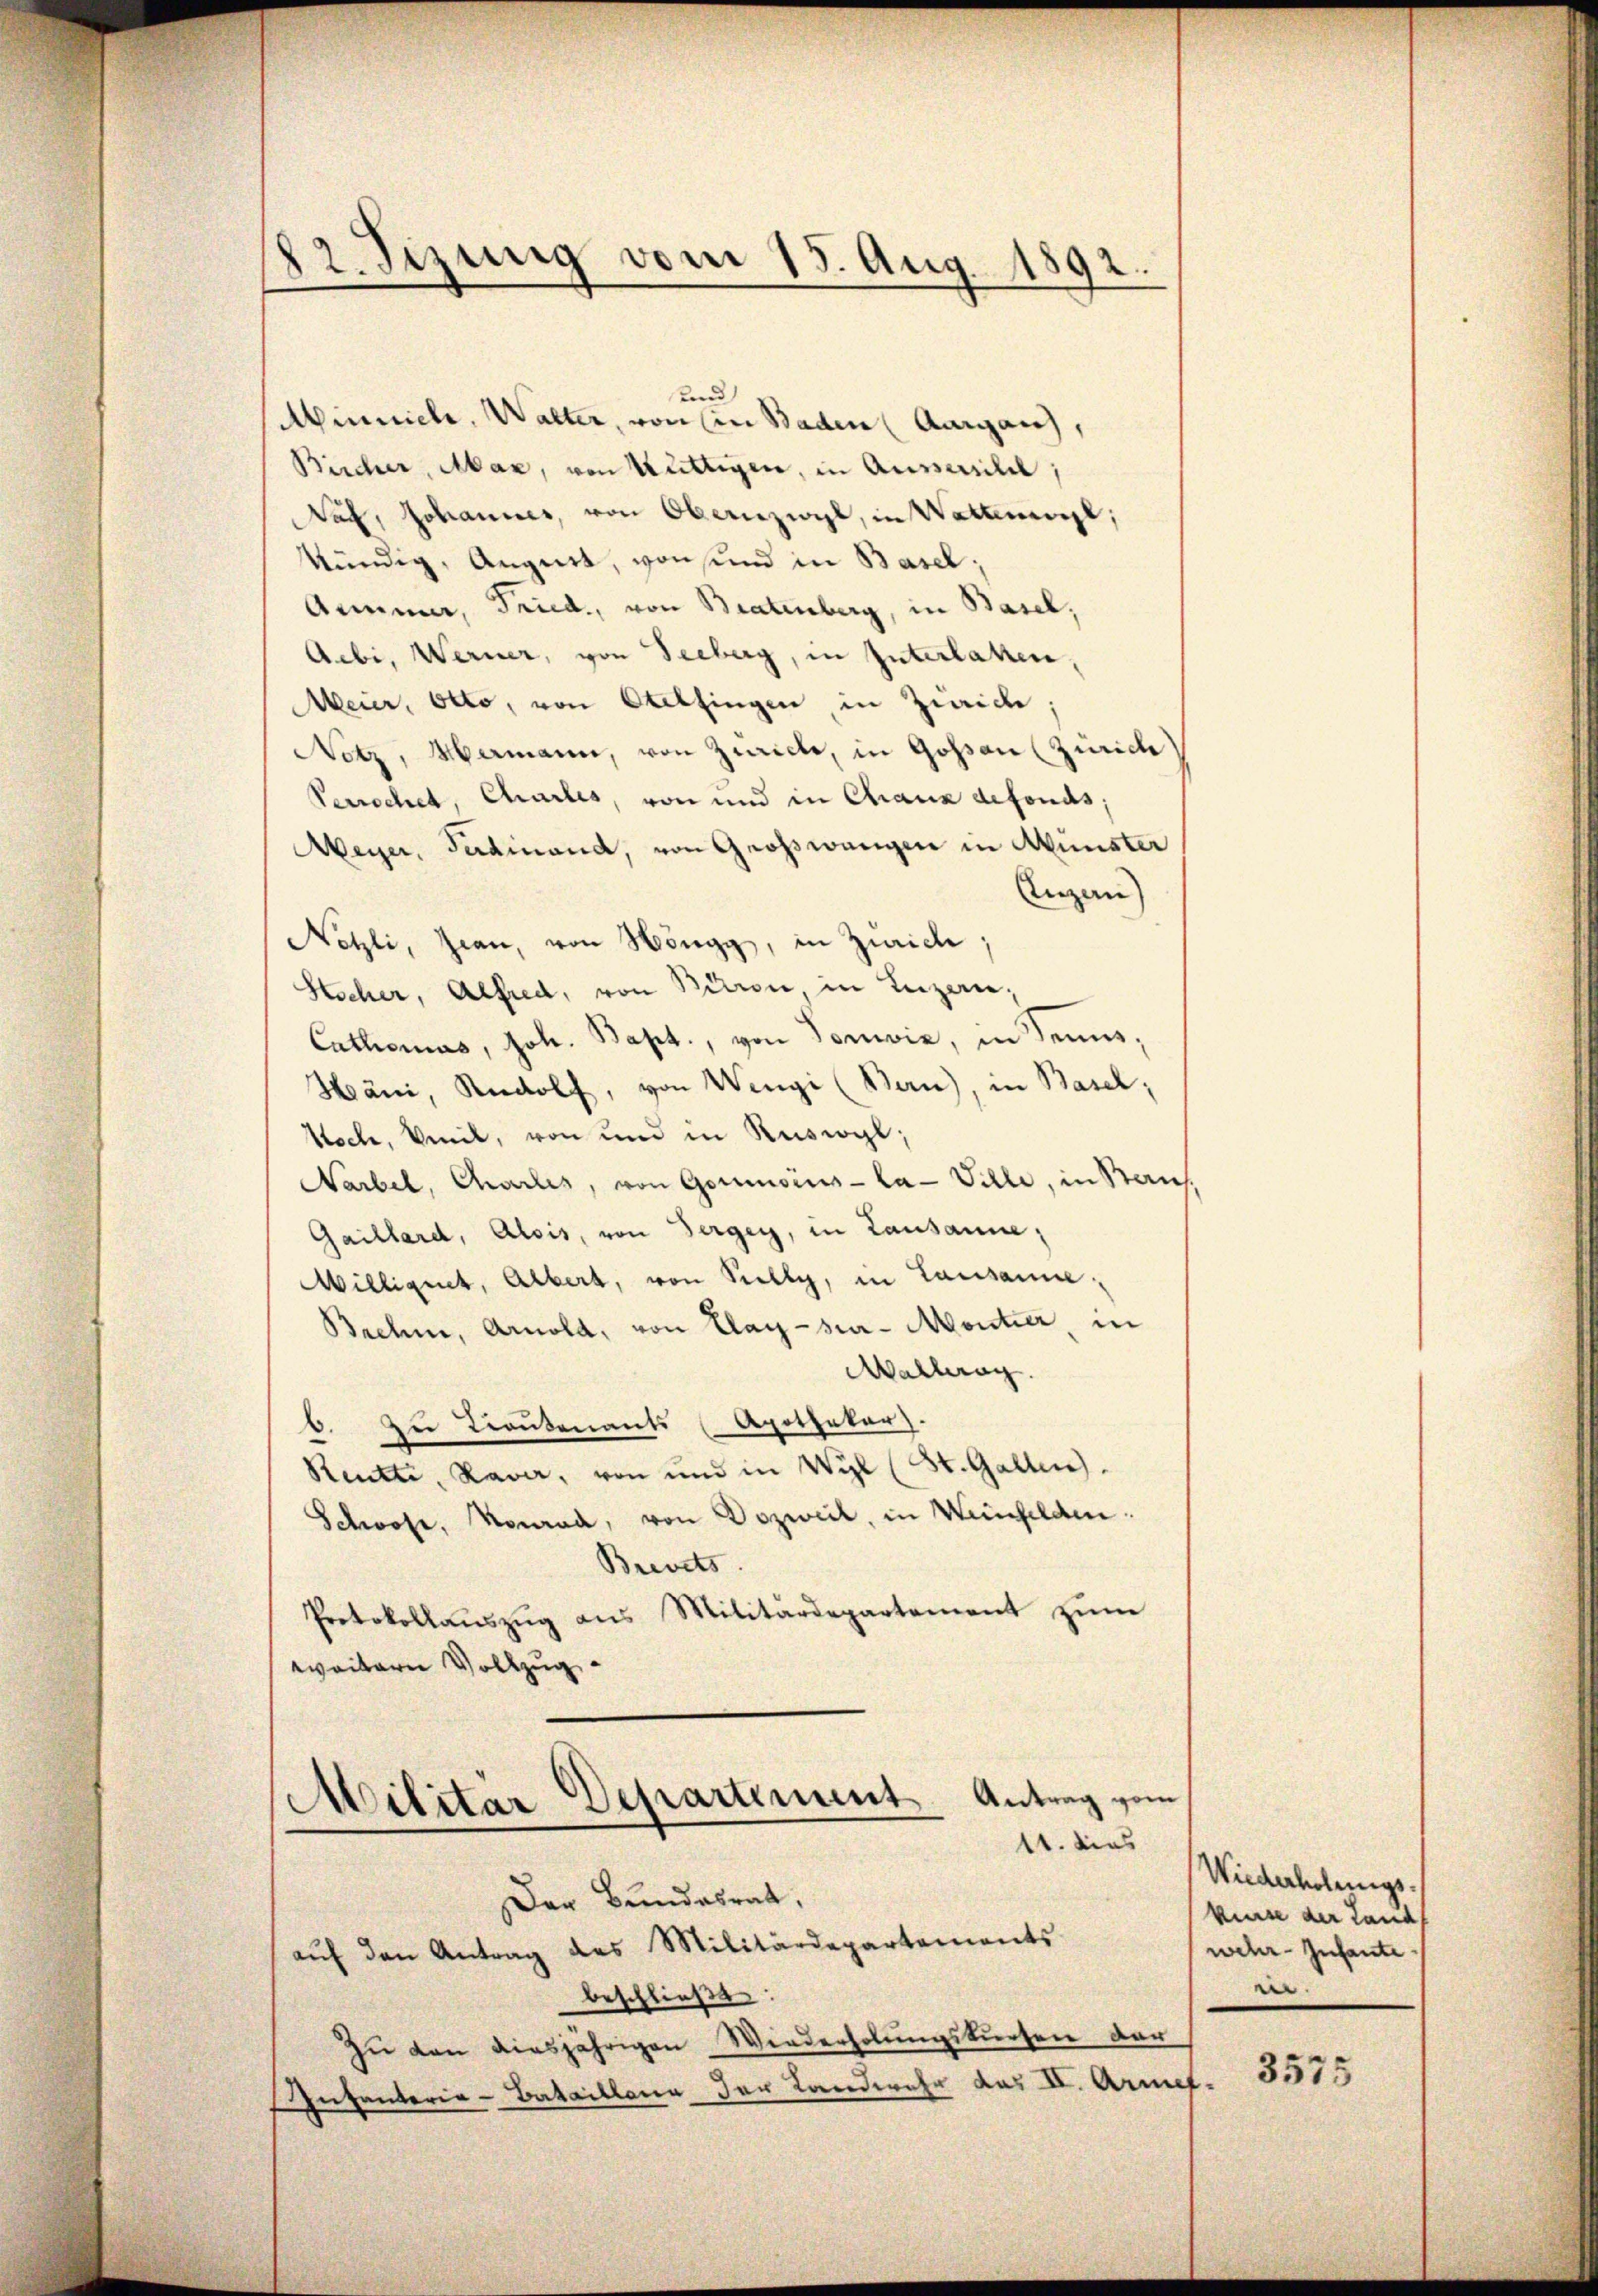
und
Minniel, Walter, von in Baden Aargau,
Bircher, Mar, von Hüttigen, in Aussailel;
Naf, Johannes, von Obernzwyl, in Wattenwyl,
kündig, August, von sind in Basel;
Aimmer, Fried, von Bratenberg, in Basel,
Aebi, Werner, von Seeberg, in Interlaken,
Meier, Otto, von Otelfingen in Zwicke;
Notz, Hermann, von Zwicke, in Gossen (Zürich
Verrechel, Charles, von und in Chaux defonds;
Meyer, Ferdinand, von Großwangen in Münster
Unzan
Netzli, Jean, von Höngg, in Zürich
Hecher, Alfred, von Birren in Luzern,
Cathomas, Joh. Bapt., von Tonwiz, in Seins,
Häni, Rudolf, von Wengi (Ban), in Basel;
Asch, Veil, von und in Ruswyl,
Narbel, Charles, von Goumoins-La- Ville, in Kauf,
Gaillard, Alois, von Serger, in Lausanne,
Millignet, Albert, von Stelly, in Lausanne,
Brehme, Arnold, von Klag-sie-Montier, in
Mallerag
6. Zu Troutenants (Apotheker).
Reutti, Ravar, von und in Wyl (St. Gallen.
Schose, Nowak, von Dozweil, in Weinfelden:
Brevets
Protokollaŭszŭg ans Militärdepartement zŭm
weitern Vollzug.
Militar Departement. Antrag vom
11. dies
Der Bundesrat,
aŭf den Antrag des Militärdepartements
beschließe.
Zu den diesjährigen Wiederholungskursen der
Intanteria-Bataillena der Landwehr das II. Armef.

22. Sizung vom 15. Aug. 1892.

Wiederholungs-
kurse der Land
wehr-Infante
.

3575